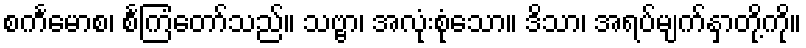
စင်္ကမောစ၊ စင်္ကြံတော်သည်။ သဗ္ဗာ၊ အလုံးစုံသော။ ဒိသာ၊ အရပ်မျက်နှာတို့ကို။